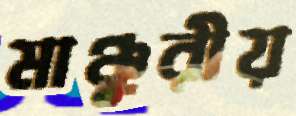
মাঞ্চুরীয়